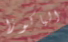
الياكوزا